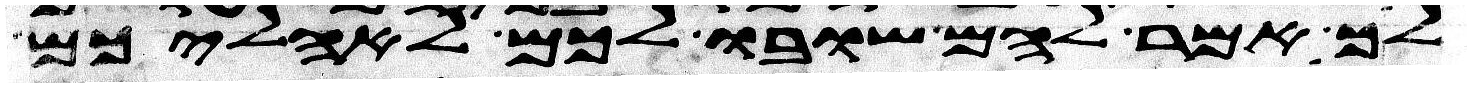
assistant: לך אמר להם שובו לכם לאהליכם